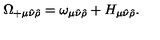
\Omega _ { + \mu \hat { \nu } \hat { \rho } } = \omega _ { \mu \hat { \nu } \hat { \rho } } + H _ { \mu \hat { \nu } \hat { \rho } } .